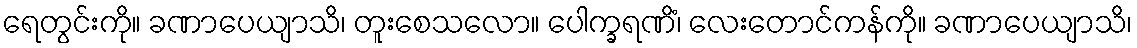
ရေတွင်းကို။ ခဏာပေယျာသိ၊ တူးစေသလော။ ပေါက္ခရဏိံ၊ လေးတောင်ကန်ကို။ ခဏာပေယျာသိ၊